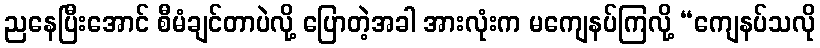
ညနေပြီးအောင် စီမံချင်တာပဲလို့ ပြောတဲ့အခါ အားလုံးက မကျေနပ်ကြလို့ “ကျေနပ်သလို